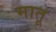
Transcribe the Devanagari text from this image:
मातू